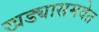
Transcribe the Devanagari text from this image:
खड्यासमवेत